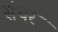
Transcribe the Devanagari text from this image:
संथर